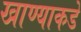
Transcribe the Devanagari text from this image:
खाण्याकडे